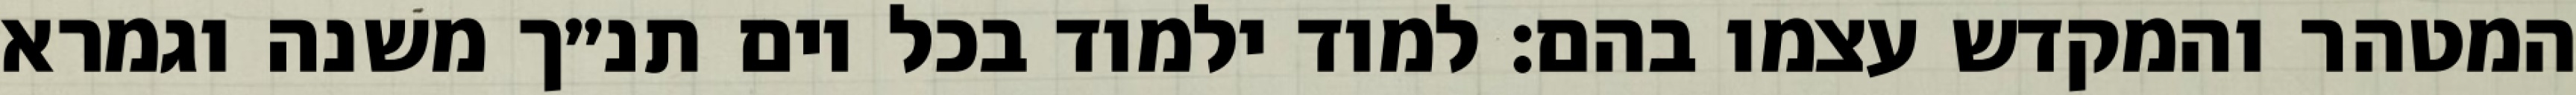
המטהר והמקדש עצמו בהם: למוד ילמוד בכל יום תנ״ך משנה וגמרא